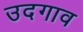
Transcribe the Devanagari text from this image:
उदगाव